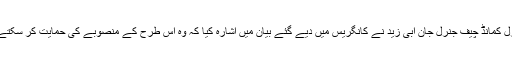
سینٹرل کمانڈ چیف جنرل جان ابی زید نے کانگریس میں دیے گئے بیان میں اشارہ کیا کہ وہ اس طرح کے منصوبے کی حمایت کر سکتے ہیں۔